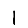
Digit: 1